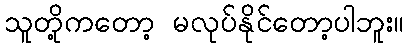
သူတို့ကတော့ မလုပ်နိုင်တော့ပါဘူး။